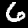
Label: 6